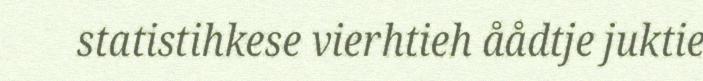
statistihkese vierhtieh åådtje juktie